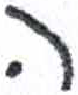
אות: ה